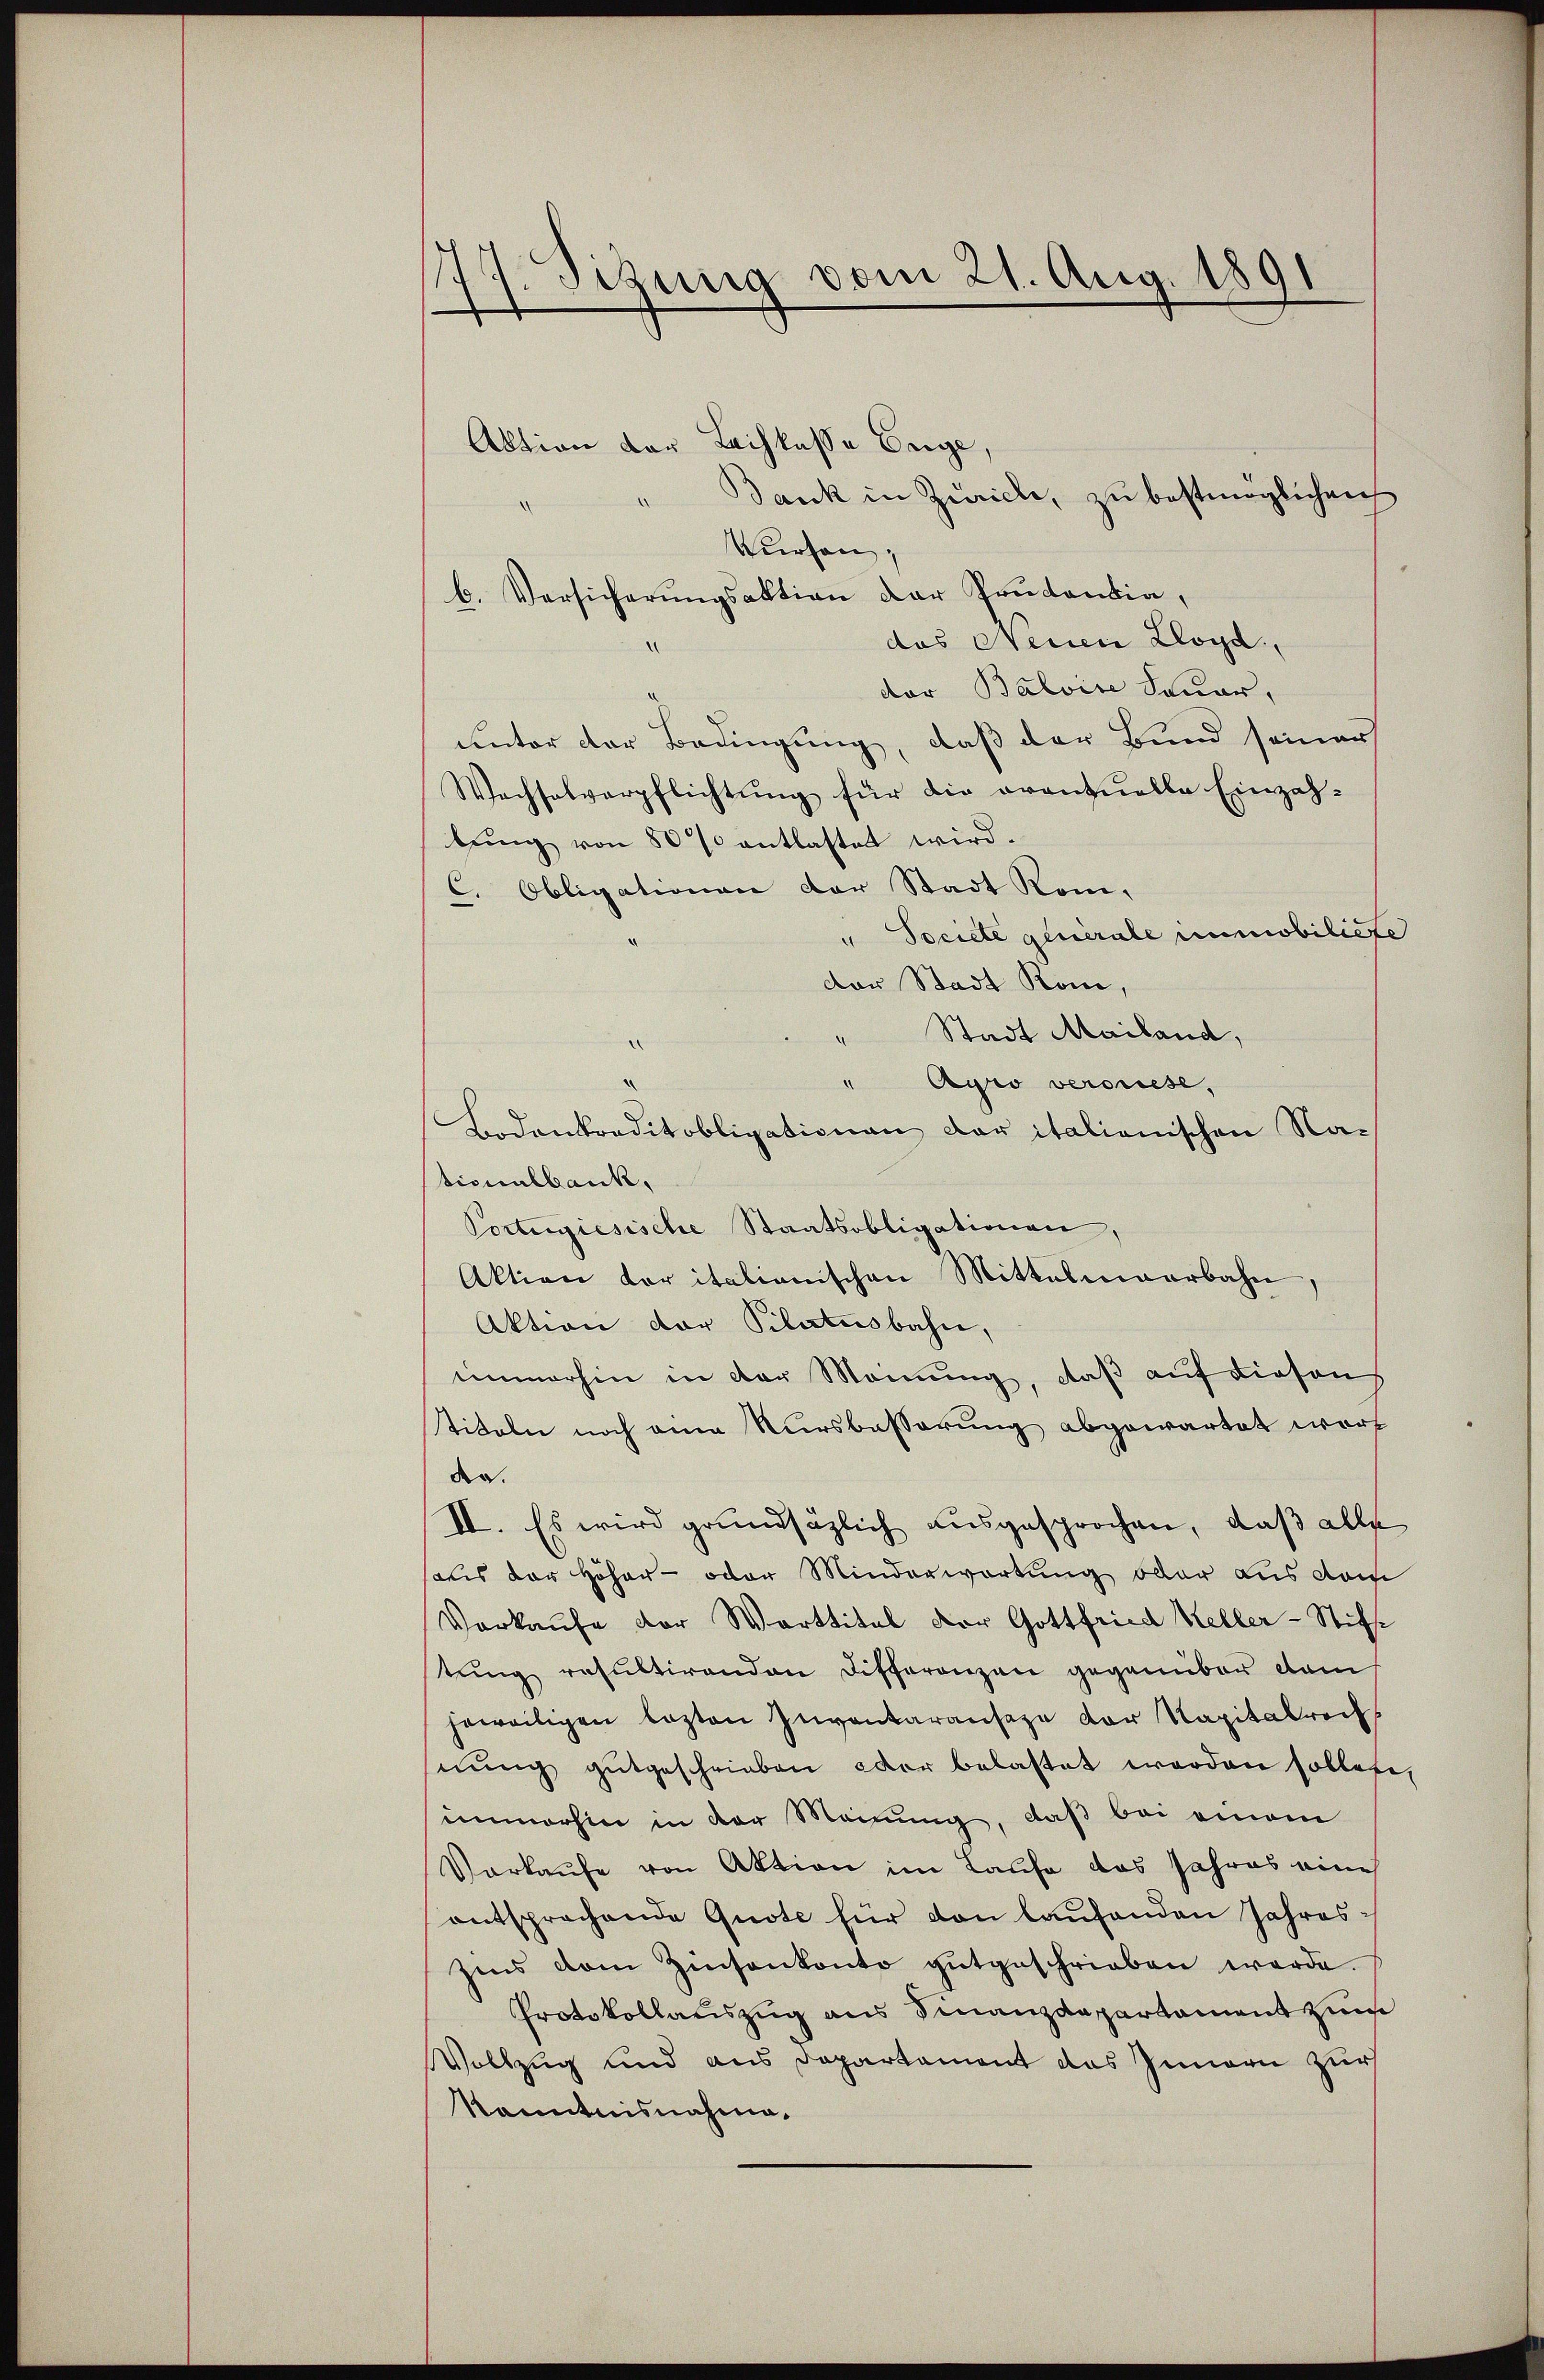
17. Sizung vom 21. Aug. 1891

Aktion der Leihkasse Enge,
Bank in Zürich, zu bestmöglichen
Kursen;
b. Versicherungsaktion der Prüdandia,
das Neuen Kloga
der Balvise Feuer,
unter der Bedingung, daß der Bund seiner
Wachselverpflichtung für die eventuelle Einzahtŭng von 80 % entlastet wird.
C. Obligationen der Stadt Rom.
" Societe generale immobiliete
der Stadt Rom,
" Stadt Mailand,
" Agio veronese,
Bodenkorditobligationen der italienischen Nationalbank,
Portugiesische Staatsobligationen,
Aktion der italienischen Mittelmaarbahn,
Aktion der Pilatusbahn,
immerhin in der Meinung, daß auf diesen
titeln noch eine Kursbesserung abgewartet wort
da.
II. Es wird grundsätzlich ausgesprochen, daß alle
halis der Höher- oder Minderwartung oder aus dem
Vorkaufe der Warttital vor Gottfried Keller-Stifft
tŭng resultirenden Differenzen gegenüber dam
jeweiligen lezten Inventaransaze der Kapitalrechs
nŭng gutgeschrieben der belastet werden sollete,
unmorhin in der Meinung, daß bei einem
Vorkaufe von Aktion im Laufe das Jahres eine
entsprechende Quote für den laufenden Jahressins dem Zinsenkonto gutgeschrieben werde.
Protokollauszug aus Finanzdepartament zum
Vollzug und aus Departement das Innern zur
Kenntnisnahme,